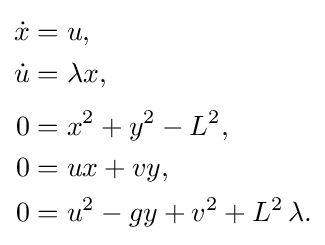
{\begin{aligned}{\dot {x}}&=u,\\{\dot {u}}&=\lambda x,\\[0.3em]0&=x^{2}+y^{2}-L^{2},\\0&=ux+vy,\\0&=u^{2}-gy+v^{2}+L^{2}\,\lambda .\end{aligned}}